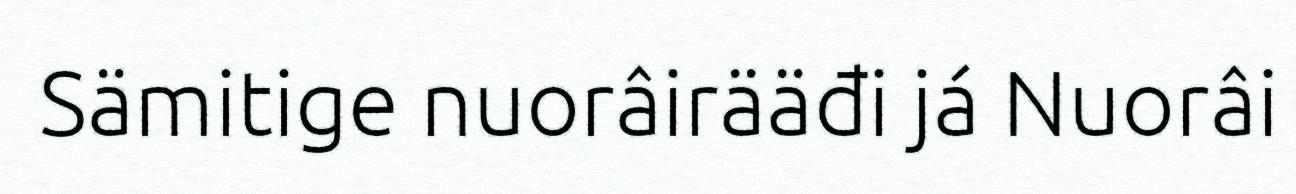
Sämitige nuorâirääđi já Nuorâi